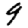
Digit: 9